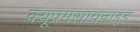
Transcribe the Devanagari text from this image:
क्यूप्रमसायनाइड